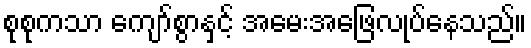
စုစုကသာ ကျော်စွာနှင့် အမေးအဖြေလုပ်နေသည်။